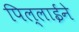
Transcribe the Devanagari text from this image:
पिल्लाईने